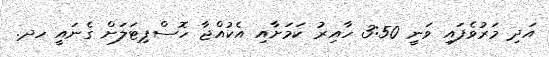
އަދި މަރުވެފައި ވަނީ 3:50 ހާއިރު ކަމަށާއި އެކުއްޖާ ހޮސްޕިޓަލަށް ގެނައީ ހދ.